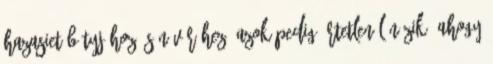
hazasiet bátyjához és nővéréhez, azok pedig értetlenül nézik, ahogy